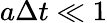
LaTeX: a\Delta t\ll 1